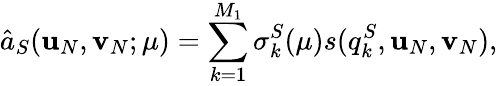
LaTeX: \hat{a}_{S}(\textbf{u}_{N},\textbf{v}_{N};\mu)=\displaystyle\sum_{k=1}^{M_{1}}\sigma_{k}^{S}(\mu)s(q_{k}^{S},\textbf{u}_{N},\textbf{v}_{N}),